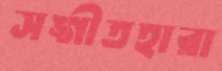
সঙ্গীতহারা